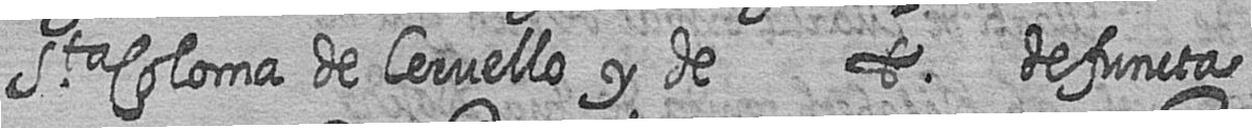
Sta Coloma de Cervello y de t defuncta